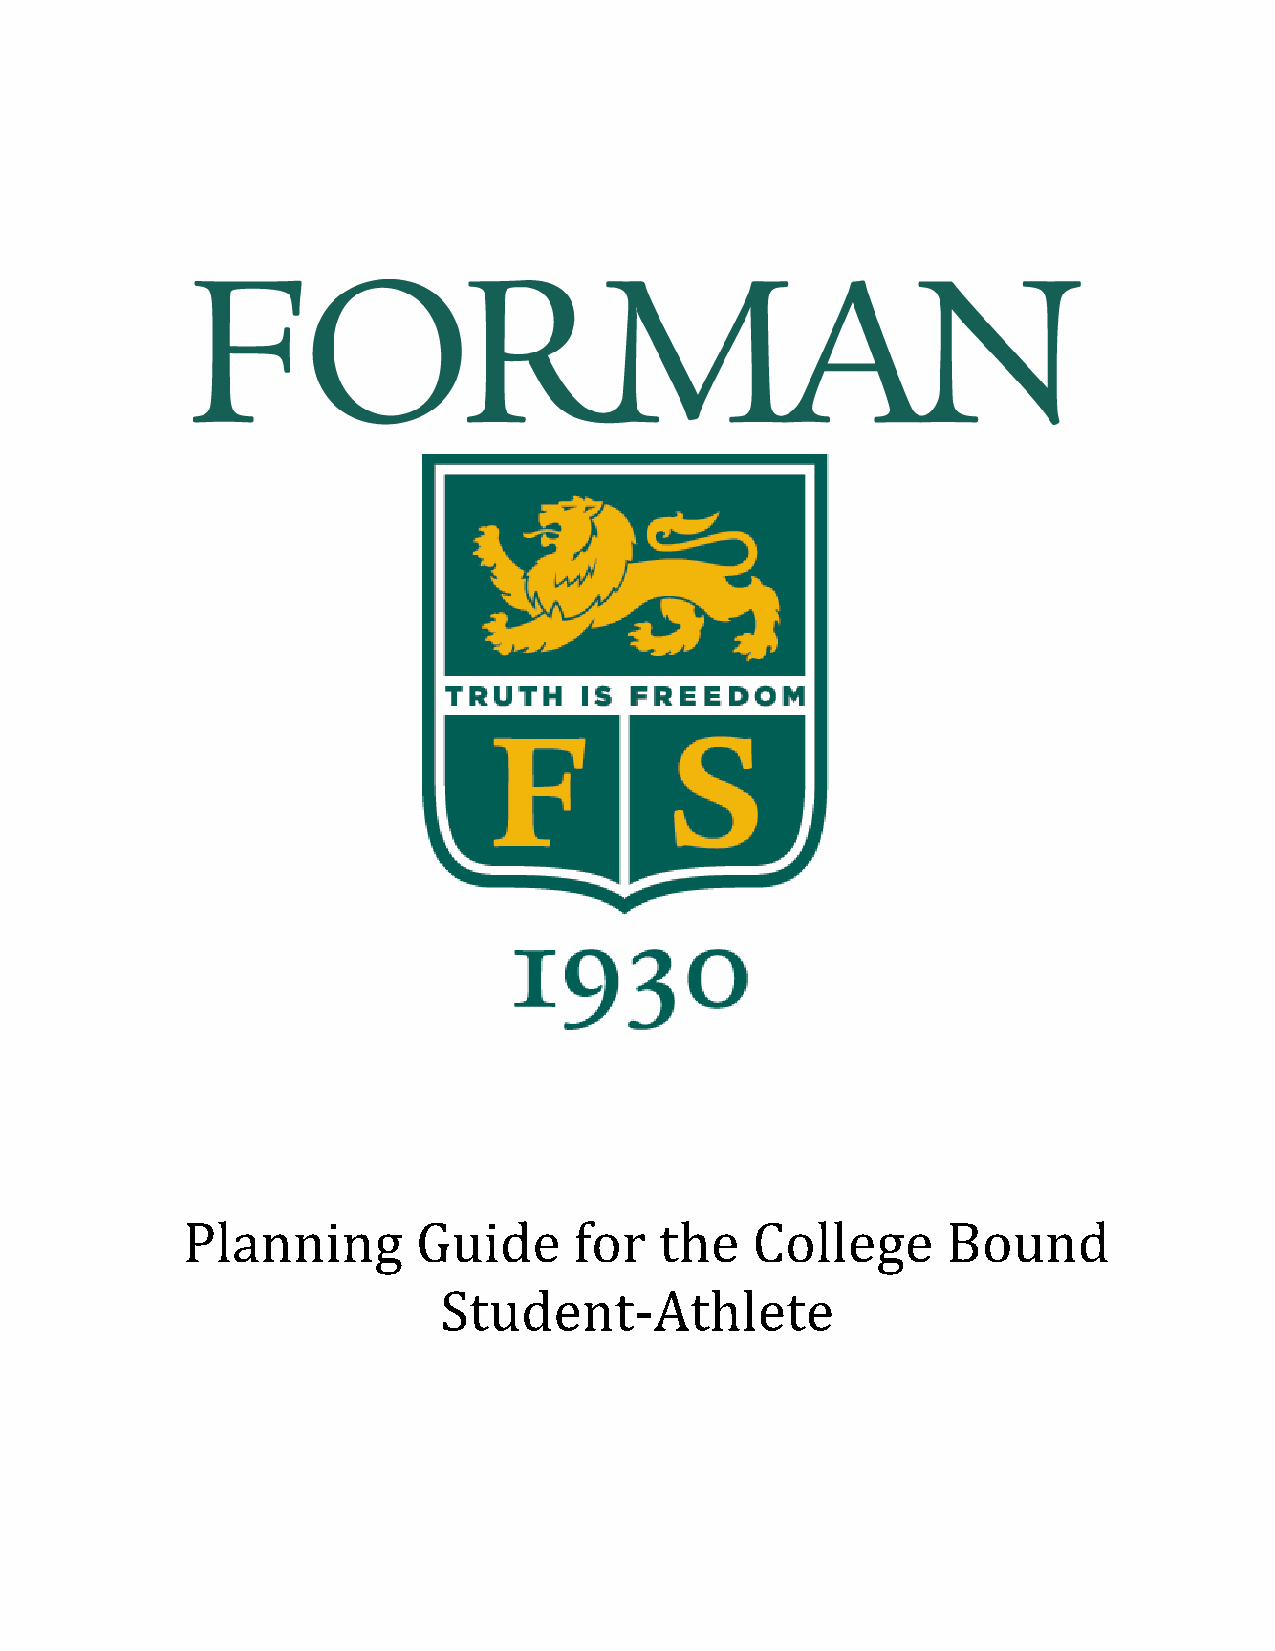
Planning        Guide     for   the   College      Bound
 Student-­‐Athlete